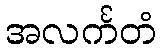
အလင်္ကတံ